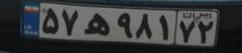
۵۷ه۹۸۱۷۲